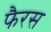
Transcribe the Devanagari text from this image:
फैरस